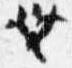
無